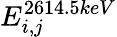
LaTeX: E_{i,j}^{2614.5keV}